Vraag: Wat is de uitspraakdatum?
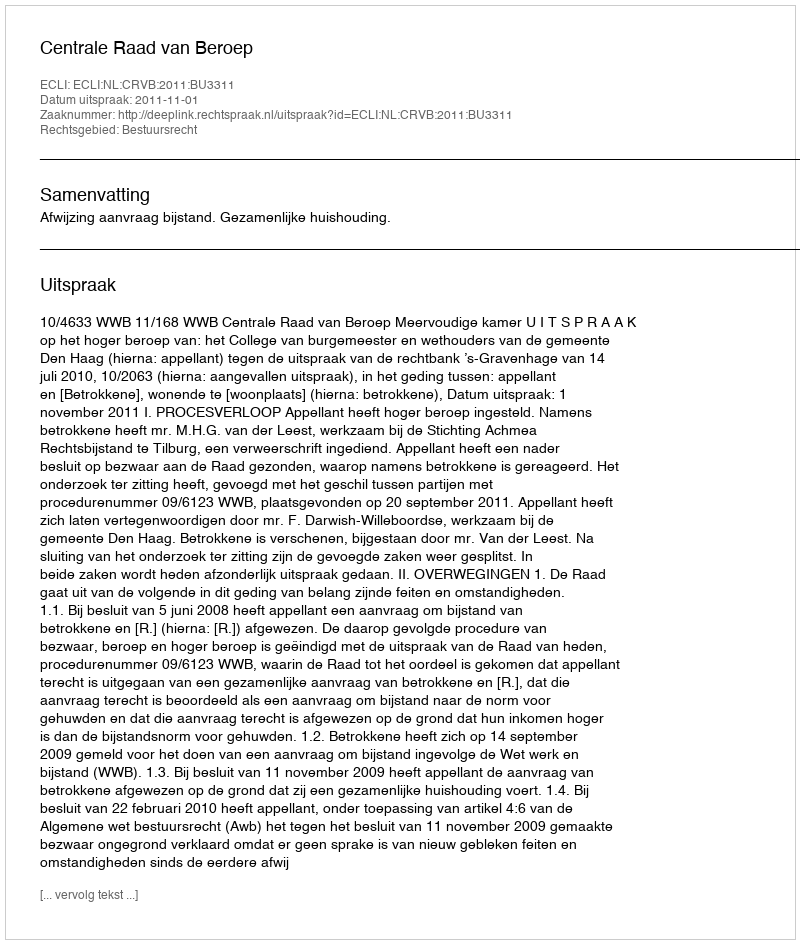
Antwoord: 2011-11-01